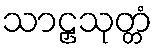
သာဠှသုတ္တံ